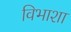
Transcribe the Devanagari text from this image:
विभाशा